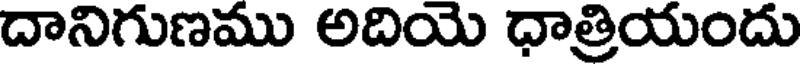
దానిగుణము అదియె ధాత్రియందు